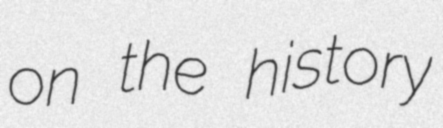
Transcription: on the history